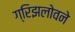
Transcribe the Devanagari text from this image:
ग्रिझलोवने